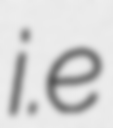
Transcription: i.e